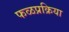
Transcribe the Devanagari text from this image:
फळप्रक्रिया